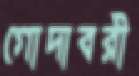
গোদাবরী